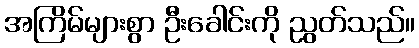
အကြိမ်များစွာ ဦးခေါင်းကို ညွတ်သည်။